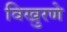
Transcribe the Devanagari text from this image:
विखुरणे